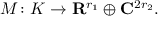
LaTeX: M \colon K \to \mathbf { R } ^ { r _ { 1 } } \oplus \mathbf { C } ^ { 2 r _ { 2 } } .